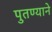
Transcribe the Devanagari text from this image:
पुतण्याने